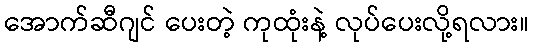
အောက်ဆီဂျင် ပေးတဲ့ ကုထုံးနဲ့ လုပ်ပေးလို့ရလား။